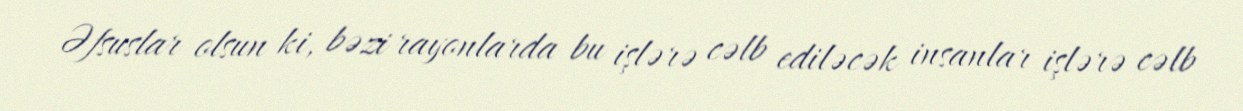
Əfsuslar olsun ki, bəzi rayonlarda bu işlərə cəlb ediləcək insanlar işlərə cəlb